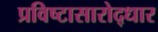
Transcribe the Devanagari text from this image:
प्रविष्टासारोद्धार